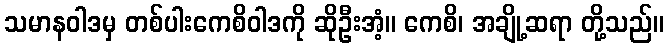
သမာနဝါဒမှ တစ်ပါးကေစိဝါဒကို ဆိုဦးအံ့။ ကေစိ၊ အချို့ဆရာ တို့သည်။